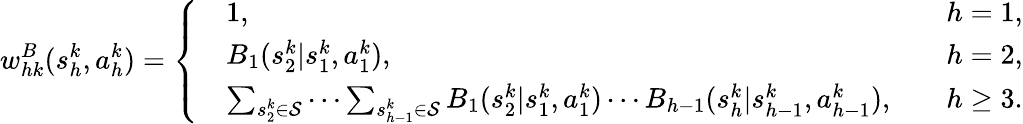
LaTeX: w_{hk}^{B}(s_{h}^{k},a_{h}^{k})=\left\{ \begin{array}{rlr}&{1,\quad}&{h=1,}\\ &{B_{1}(s_{2}^{k}\vert s_{1}^{k},a_{1}^{k}),\quad}&{h=2,}\\ &{\sum_{s_{2}^{k}\in\mathcal{S}}\cdots\sum_{s_{h-1}^{k}\in\mathcal{S}}B_{1}(s_{2}^{k}\vert s_{1}^{k},a_{1}^{k})\cdots B_{h-1}(s_{h}^{k}\vert s_{h-1}^{k},a_{h-1}^{k}),\quad}&{h\geq 3.}\end{array}\right.